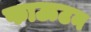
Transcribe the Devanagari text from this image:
फाऊटन